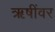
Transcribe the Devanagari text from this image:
ऋषींवर